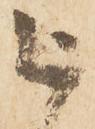
被